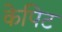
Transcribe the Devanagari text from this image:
केपिट